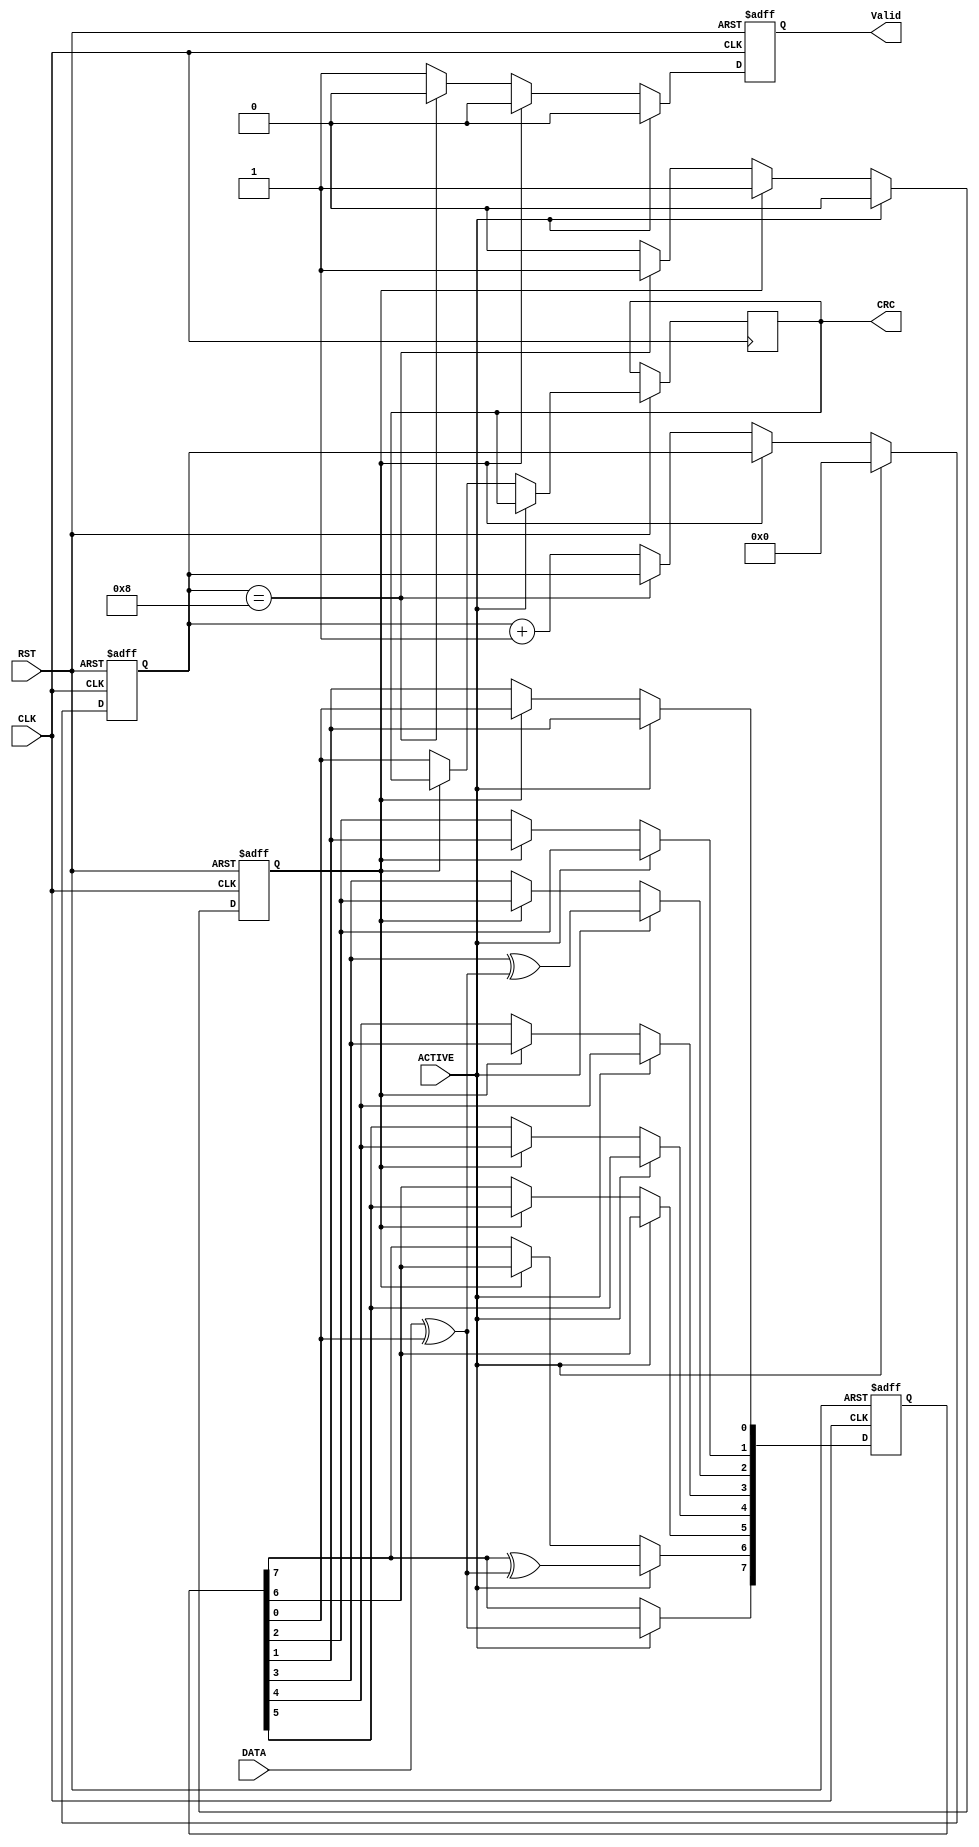
module crc #(
	parameter	DATA_WIDTH = 8 		//default value
)

(
	input			DATA,
	input			ACTIVE,
	input			CLK,
	input			RST,
	output	reg		CRC,
	//input 			OUT_ENN,
	output	reg		Valid
);

// 8 bit LFSR
reg			[7:0]	LFSR;
// Taps parameters
parameter	[7:0]	Taps = 'b0100_0100;			// '1'= means input XOR with feedback, '0' means input directly in.

// iterator
integer i;

//input Seed
localparam	[7:0]	SEED = 'hD8;

// feedback
wire	Feedback;
assign  Feedback = DATA ^ LFSR [0] ;

//Counter 
reg	[5:0]	Counter = 0;		// as data size vary from 1byte(8bits) to 4bytes(32bits)
reg			Counter_done = 0;


//Sequential Always
always@(posedge CLK,negedge RST) begin
	if(!RST)	begin
		Valid <= 'b0;
		LFSR  <= SEED;
		Counter <= 'b0;
		Counter_done <= 'b1;
	end
	else if(ACTIVE)		begin
		Valid	<=	1'b0;
		Counter <= 'b0;
		Counter_done <= 'b0;
		//opreation
		LFSR[7] <= Feedback;
		for(i=6;i>=0;i=i-1) begin
			if(Taps[i]==1)
				LFSR[i]	<=	LFSR[i+1] ^ Feedback;
			else
				LFSR[i] <= LFSR[i+1];
		end
	end
	else if( !Counter_done)	begin
			{LFSR[6:0],CRC} <= LFSR ;  
			Valid <= 1'b1;
			
			if(Counter==DATA_WIDTH)
			begin
				Counter_done <= 'b1;
				Valid <= 'b0;
			end
			else
				Counter	<=	Counter +'b1;
	
		end
	else	
		Valid	<=	1'b0;

end



endmodule